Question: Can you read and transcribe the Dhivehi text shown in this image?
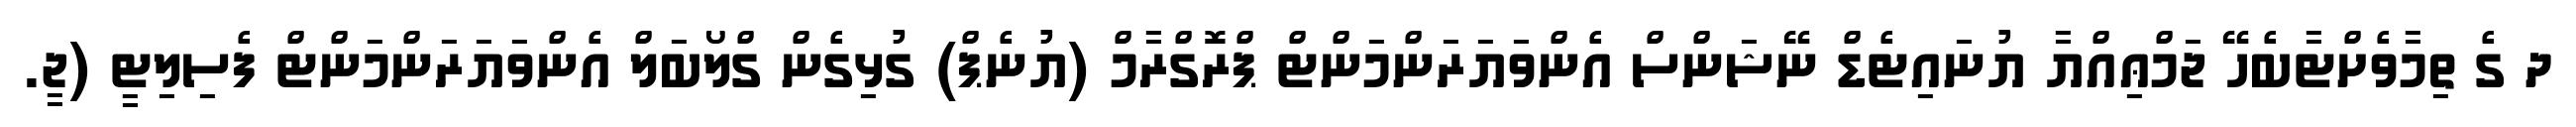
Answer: ދ ގެ ތިމާވެށްޓާބެހޭ ޖަމްޢިއްޔާ ޔުނައިޓެޑް ނޭޝަންސް އެންވަޔަރަންމަންޓް ޕްރޮގްރާމް (ޔުނެޕް) ގުޅިގެން ގްލޯބަލް އެންވަޔަރަންމަންޓް ފެސިލިޓީ (ޖީ.